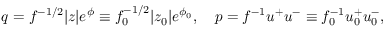
q = f ^ { - 1 / 2 } | z | e ^ { \phi } \equiv f _ { 0 } ^ { - 1 / 2 } | z _ { 0 } | e ^ { \phi _ { 0 } } , \quad p = f ^ { - 1 } u ^ { + } u ^ { - } \equiv f _ { 0 } ^ { - 1 } u _ { 0 } ^ { + } u _ { 0 } ^ { - } ,